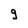
Character: 9